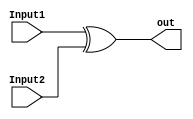
module XOR_Gate (input Input1,
				 input Input2,
				 output out);

    assign out = (Input1 ^ Input2);
    
endmodule